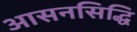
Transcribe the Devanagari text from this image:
आसनसिद्धि